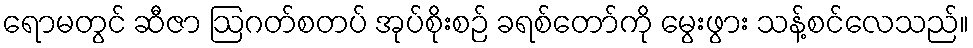
ရောမတွင် ဆီဇာ ဩဂတ်စတပ် အုပ်စိုးစဉ် ခရစ်တော်ကို မွေးဖွား သန့်စင်လေသည်။